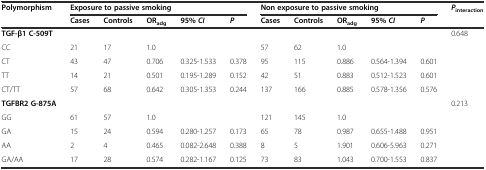
<table><thead><tr><td><b>Polymorphism</b></td><td colspan="5"><b>Exposure to passive smoking</b></td><td colspan="5"><b>Non exposure to passive smoking</b></td><td><b><i>P</i><sub>interaction</sub></b></td></tr><tr><td></td><td><b>Cases</b></td><td><b>Controls</b></td><td><b>OR<sub>adg</sub></b></td><td><b>95% <i>CI</i></b></td><td><b><i>P</i></b></td><td><b>Cases</b></td><td><b>Controls</b></td><td><b>OR<sub>adg</sub></b></td><td><b>95% <i>CI</i></b></td><td><b><i>P</i></b></td><td></td></tr></thead><tbody><tr><td><b>TGF-β1 C-509T</b></td><td></td><td></td><td></td><td></td><td></td><td></td><td></td><td></td><td></td><td></td><td>0.648</td></tr><tr><td>CC</td><td>21</td><td>17</td><td>1.0</td><td></td><td></td><td>57</td><td>62</td><td>1.0</td><td></td><td></td><td></td></tr><tr><td>CT</td><td>43</td><td>47</td><td>0.706</td><td>0.325-1.533</td><td>0.378</td><td>95</td><td>115</td><td>0.886</td><td>0.564-1.394</td><td>0.601</td><td></td></tr><tr><td>TT</td><td>14</td><td>21</td><td>0.501</td><td>0.195-1.289</td><td>0.152</td><td>42</td><td>51</td><td>0.883</td><td>0.512-1.523</td><td>0.601</td><td></td></tr><tr><td>CT/TT</td><td>57</td><td>68</td><td>0.642</td><td>0.305-1.353</td><td>0.244</td><td>137</td><td>166</td><td>0.885</td><td>0.578-1.356</td><td>0.576</td><td></td></tr><tr><td><b>TGFBR2 G-875A</b></td><td></td><td></td><td></td><td></td><td></td><td></td><td></td><td></td><td></td><td></td><td>0.213</td></tr><tr><td>GG</td><td>61</td><td>57</td><td>1.0</td><td></td><td></td><td>121</td><td>145</td><td>1.0</td><td></td><td></td><td></td></tr><tr><td>GA</td><td>15</td><td>24</td><td>0.594</td><td>0.280-1.257</td><td>0.173</td><td>65</td><td>78</td><td>0.987</td><td>0.655-1.488</td><td>0.951</td><td></td></tr><tr><td>AA</td><td>2</td><td>4</td><td>0.465</td><td>0.082-2.648</td><td>0.388</td><td>8</td><td>5</td><td>1.901</td><td>0.606-5.963</td><td>0.271</td><td></td></tr><tr><td>GA/AA</td><td>17</td><td>28</td><td>0.574</td><td>0.282-1.167</td><td>0.125</td><td>73</td><td>83</td><td>1.043</td><td>0.700-1.553</td><td>0.837</td><td></td></tr></tbody></table>